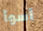
أسوأ